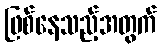
ဖြစ်နေသည့်အတွက်